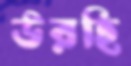
উরহি